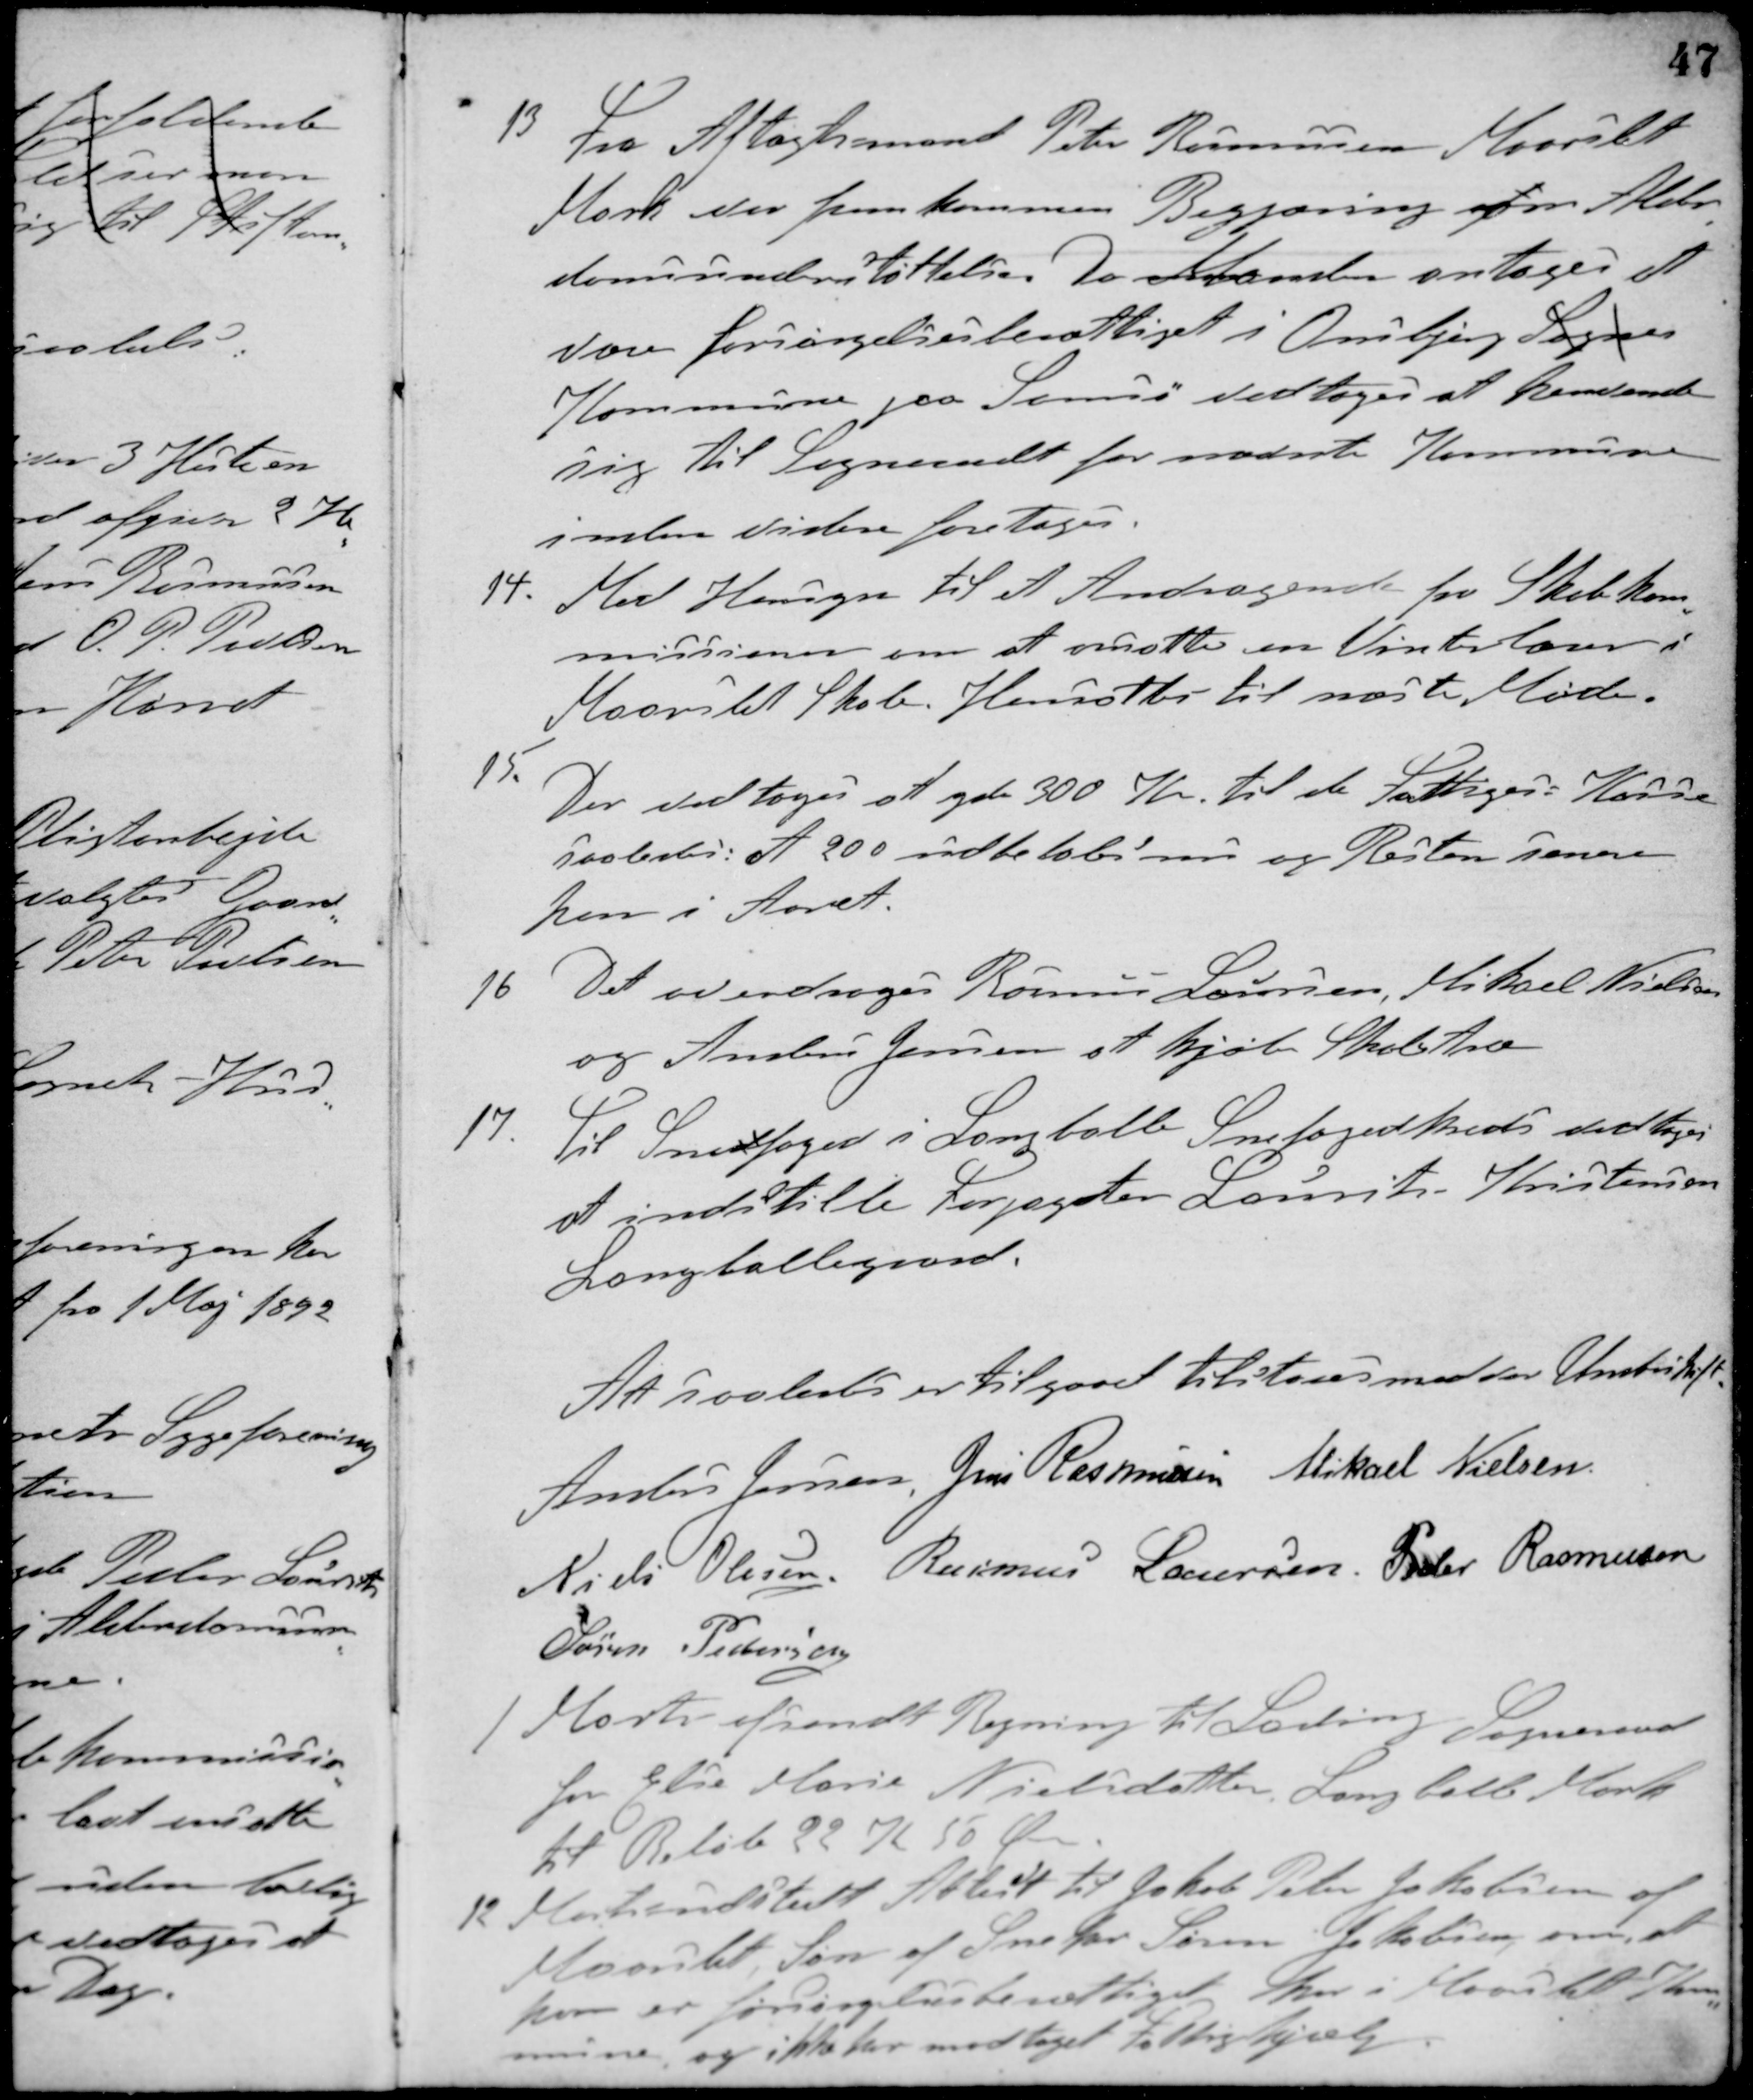
Transskription:
13. Fra Aftægtsmand Peter Rasmussen, Maarslet
Mark var fremkommen Begjæring om Alder-
domsunderstøttelse. Da Manden antages at
være forsørgelsesberettiget i Onsbjerg Sogn
Kommune paa Samsø vedtoges at henvende
sig til Sogneraadet for nævnte Kommune
inden videre foretages.
14. Med Hensyn til et Andragende fra Skolekom-
missionen om at ansætte en Vinterlærer i
Maarslet Skole. Hensattes til næste Møde.
15.
Der vedtoges at yde 300 Kr. til de Fattiges Kasse
saaledes: at 200 indbetales nu og resten senere
hen i Aaret.
16. Det overdroges Rasmus Laursen, Mikael Nielsen
og Anders Jensen at kjøbe Skoletræ.
17. Til Snedfoged i Langballe Snefogedkreds vedtoges
at indstille Forpagter Laurits Kristensen
Langballegaard.
At saaledes er tilgaaet tilstaaes med vor Underskrift
Anders Jensen Jens Rasmussen Mikael Nielsen
Niels Olesen Rasmus Laursen Peder Rasmussen
Søren Pedersen
1 Marts afsendt Regning til Lading Sogneraad
for Else Marie Nielsdatter, Langballe Mark
til Beløb 22 K 50 Øre.
12 Marts udstedt Attest til Jakob Peter Jakobsen af
Maarslet, Søn af Sneker Søren Jakobsen, om at
han er forsørgelsesberettiget her i Maarslet Kom-
mune og ikke har modtaget Fattighjælp.